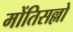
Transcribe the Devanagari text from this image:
मोंतिसल्लो